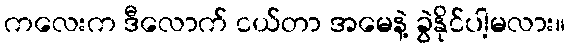
ကလေးက ဒီလောက် ငယ်တာ အမေနဲ့ ခွဲနိုင်ပါ့မလား။